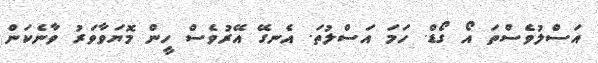
އަސްލުވެސްތަ އޯ ގޯޑް. ހަމަ އަސްލުތަ. އެނގޭ އޭރުވެސް ހީން މޮޔަވާވަރު ވާނެކަން